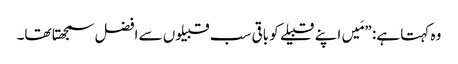
‏ وہ کہتا ہے:‏ ”‏مَیں اپنے قبیلے کو باقی سب قبیلوں سے افضل سمجھتا تھا۔